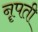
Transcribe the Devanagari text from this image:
नॄपती